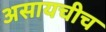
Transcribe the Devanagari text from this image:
असायचीच